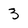
Character: 3